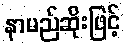
နာမည်ဆိုးဖြင့်